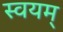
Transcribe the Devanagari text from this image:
स्वयम्‌